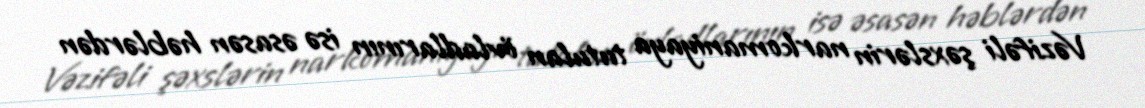
Vəzifəli şəxslərin narkomaniyaya tutulan övladlarının isə əsasən həblərdən